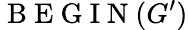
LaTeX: \mathrm{~B~E~G~I~N~}(G^{\prime})